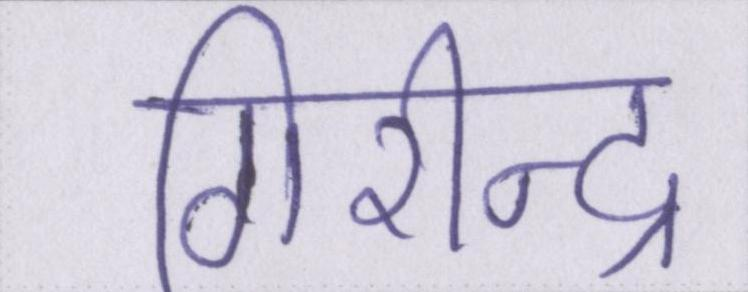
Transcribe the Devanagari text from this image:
गिरीन्द्र